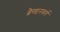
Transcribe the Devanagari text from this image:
ब्रैण्डनबर्ग